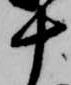
十